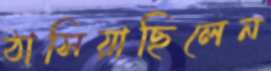
ঠাসিয়াছিলেন